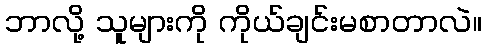
ဘာလို့ သူများကို ကိုယ်ချင်းမစာတာလဲ။